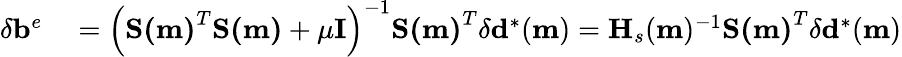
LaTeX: \begin{array}{rl}{\delta\mathbf{b}^{e}}&{{}=\left(\mathbf{S(m)}^{T}\mathbf{S(m)}+\mu\mathbf{I}\right)^{-1}\mathbf{S(m)}^{T}\delta\mathbf{d}^{*}(\mathbf{m})=\mathbf{H}_{s}(\mathbf{m})^{-1}\mathbf{S(m)}^{T}\delta\mathbf{d}^{*}(\mathbf{m})}\end{array}